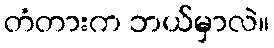
တံတားက ဘယ်မှာလဲ။